Report of the Indian Hemp Drugs Commission, 1894-1895 - Volume V
Year: 1894
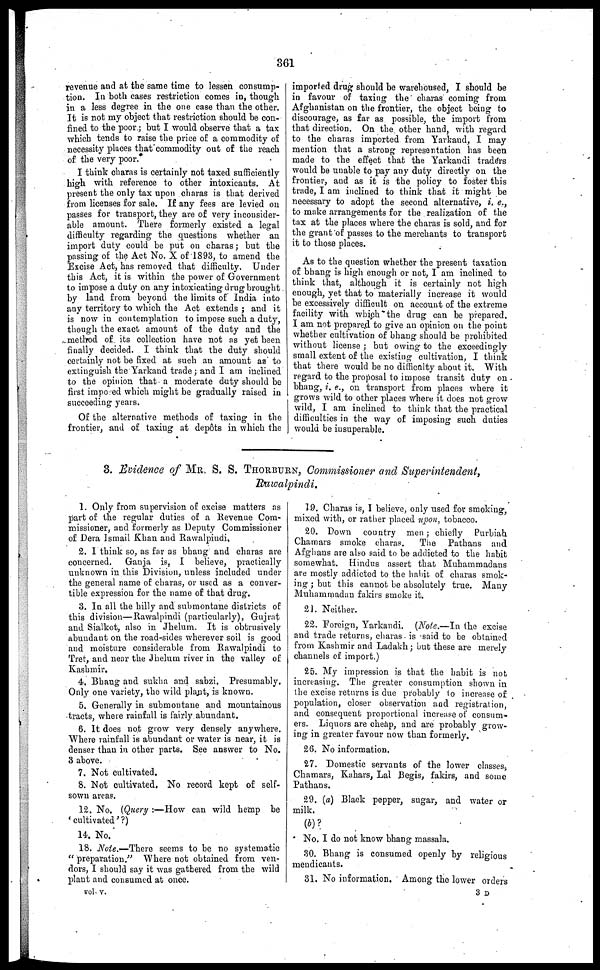
361
revenue and at the same time to lessen consump-
tion. In both cases restriction comes in, though
in a less degree in the one case than the other.
It is not my object that restriction should be con-
fined to the poor ; but I would observe that a tax
which tends to raise the price of a commodity of
necessity places that commodity out of the reach
of the very poor.
I think charas is certainly not taxed sufficiently
high with reference to other intoxicants. At
present the only tax upon charas is that derived
from licenses for sale. If any fees are levied on
passes for transport, they are of very inconsider-
able amount. There formerly existed a legal
difficulty regarding the questions whether an
import duty could be put on charas ; but the
passing of the Act No. X of 1893, to amend the
Excise Act, has removed that difficulty. Under
this Act, it is within the power of Government
to impose a duty on any intoxicating drug brought
by land from beyond the limits of India into
any territory to which the Act extends ; and it
is now in contemplation to impose such a duty,
though the exact amount of the duty and the
method of its collection have not as yet been
finally decided. I think that the duty should
certainly not be fixed at such an amount as to
extinguish the Yarkand trade ; and I am inclined
to the opinion that a moderate duty should be
first impo ed which might be gradually raised in
succeeding years.
Of the alternative methods of taxing in the
frontier, and of taxing at depots in which the J
imported drug should be warehoused, I should be
in favour of taxing the charas coming from
Afghanistan on the frontier, the object being to
discourage, as far as possible, the import from
that direction. On the other hand, with regard
to the charas imported from Yarkand, I may
mention that a strong representation has been
made to the effect that the Yarkandi traders
would be unable to pay any duty directly on the
frontier, and as it is the policy to foster this
trade, I am inclined to think that it might be
necessary to adopt the second alternative, i. e.,
to make arrangements for the realization of the
tax at the places where the charas is sold, and for
the grant of passes to the merchants to transport
it to those places.
As to the question whether the present taxation
of bhang is high enough or not, I am inclined to
think that, although it is certainly not high
euough, yet that to materially increase it would
be excessively difficult on account of the extreme
facility with which the drug can be prepared.
I am not prepared to give an opinion on the point
whether cultivation of bhang should be prohibited
without license ; but owing to the exceedingly
small extent of the existing cultivation, I think
that there would be no difficulty about it. With
regard to the proposal to impose transit duty on
bhang, i. e., on transport from places where it
grows wild to other places where it does not grow
wild, I am inclined to think that the practical
difficulties in the way of imposing such duties
would be insuperable.
3. Evidence of MR. S. S. THORBURN, Commissioner and Superintendent,
Rawalpindi.
1. Only from supervision of excise matters as
part of the regular duties of a Revenue Com-
missioner, and formerly as Deputy Commissioner
of Dera Ismail Khan and Rawalpindi,
2. I think so, as far as bhang and charas are
concerned. Ganja is, I believe, practically
unknown in this Division, unless included under
the general name of charas, or used as a conver-
tible expression for the name of that drug.
3. In all the hilly and submontane districts of
this division—Rawalpindi (particularly), Gujrat
and Sialkot, also in Jhelum. It is obtrusively
abundant on the road-sides wherever soil is good
and moisture considerable from Rawalpindi to
Tret, and near the Jhelum river in the valley of
Kashmir.
4. Bhang and sukha and sabzi. Presumably.
Only one variety, the wild plant, is known.
5. Generally in submontane and mountainous
tracts, where rainfall is fairly abundant.
6. It does not grow very densely anywhere.
Where rainfall is abundant or water is near, it is
denser than in other parts. See answer to No.
3 above.
7. Not cultivated.
8. Not cultivated. No record kept of self-
sown areas.
12. No. (Query :—How can wild hemp be
'cultivated'?)
14. No.
18. Note.—There seems to be no systematic
"preparation." Where not obtained from ven-
dors, I should say it was gathered from the wild
plant and consumed at once.
vol. v.
19. Charas is, I believe, only used for smoking,
mixed with, or rather placed upon, tobacco.
20. Down country men ; chiefly Purbiah
Chamars smoke charas.
The Pathans and
Afghans are also said to be addicted to the habit
somewhat. Hindus assert that Muhammadans
are mostly addicted to the habit of charas smok-
ing ; but this cannot he absolutely true. Many
Muhammadan fakirs smoke it.
21. Neither.
22. Foreign, Yarkandi. (Note.—In the excise
and trade returns, charas is said to be obtained
from Kashmir and Ladakh ; but these are merely
channels of import.)
25. My impression is that the habit is not
increasing. The greater consumption shown in
the excise returns is due probably to increase of
population, closer observation and registration,
and consequent proportional increase of consum-
ers. Liquors are cheap, and are probably grow-
ing in greater favour now than formerly.
26. No information.
27. Domestic servants of the lower classes,
Chamars, Kahars, Lal Begis, fakirs, and some
Pathans.
29. (a) Black pepper, sugar, and water or
milk.
(b) ?
No. I do not know bhang massala.
30. Bhang is consumed openly by religious
mendicants.
31. No information. Among the lower orders
3 D